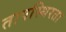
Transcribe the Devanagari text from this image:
तापस्थिरता